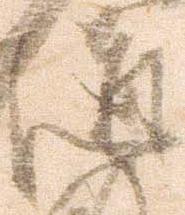
道